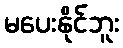
မပေးနိုင်ဘူး